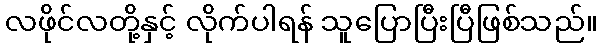
လဖိုင်လတို့နှင့် လိုက်ပါရန် သူပြောပြီးပြီဖြစ်သည်။